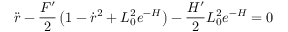
\ddot { r } - \frac { F ^ { \prime } } { 2 } \left( 1 - \dot { r } ^ { 2 } + L _ { 0 } ^ { 2 } e ^ { - H } \right) - \frac { H ^ { \prime } } { 2 } L _ { 0 } ^ { 2 } e ^ { - H } = 0